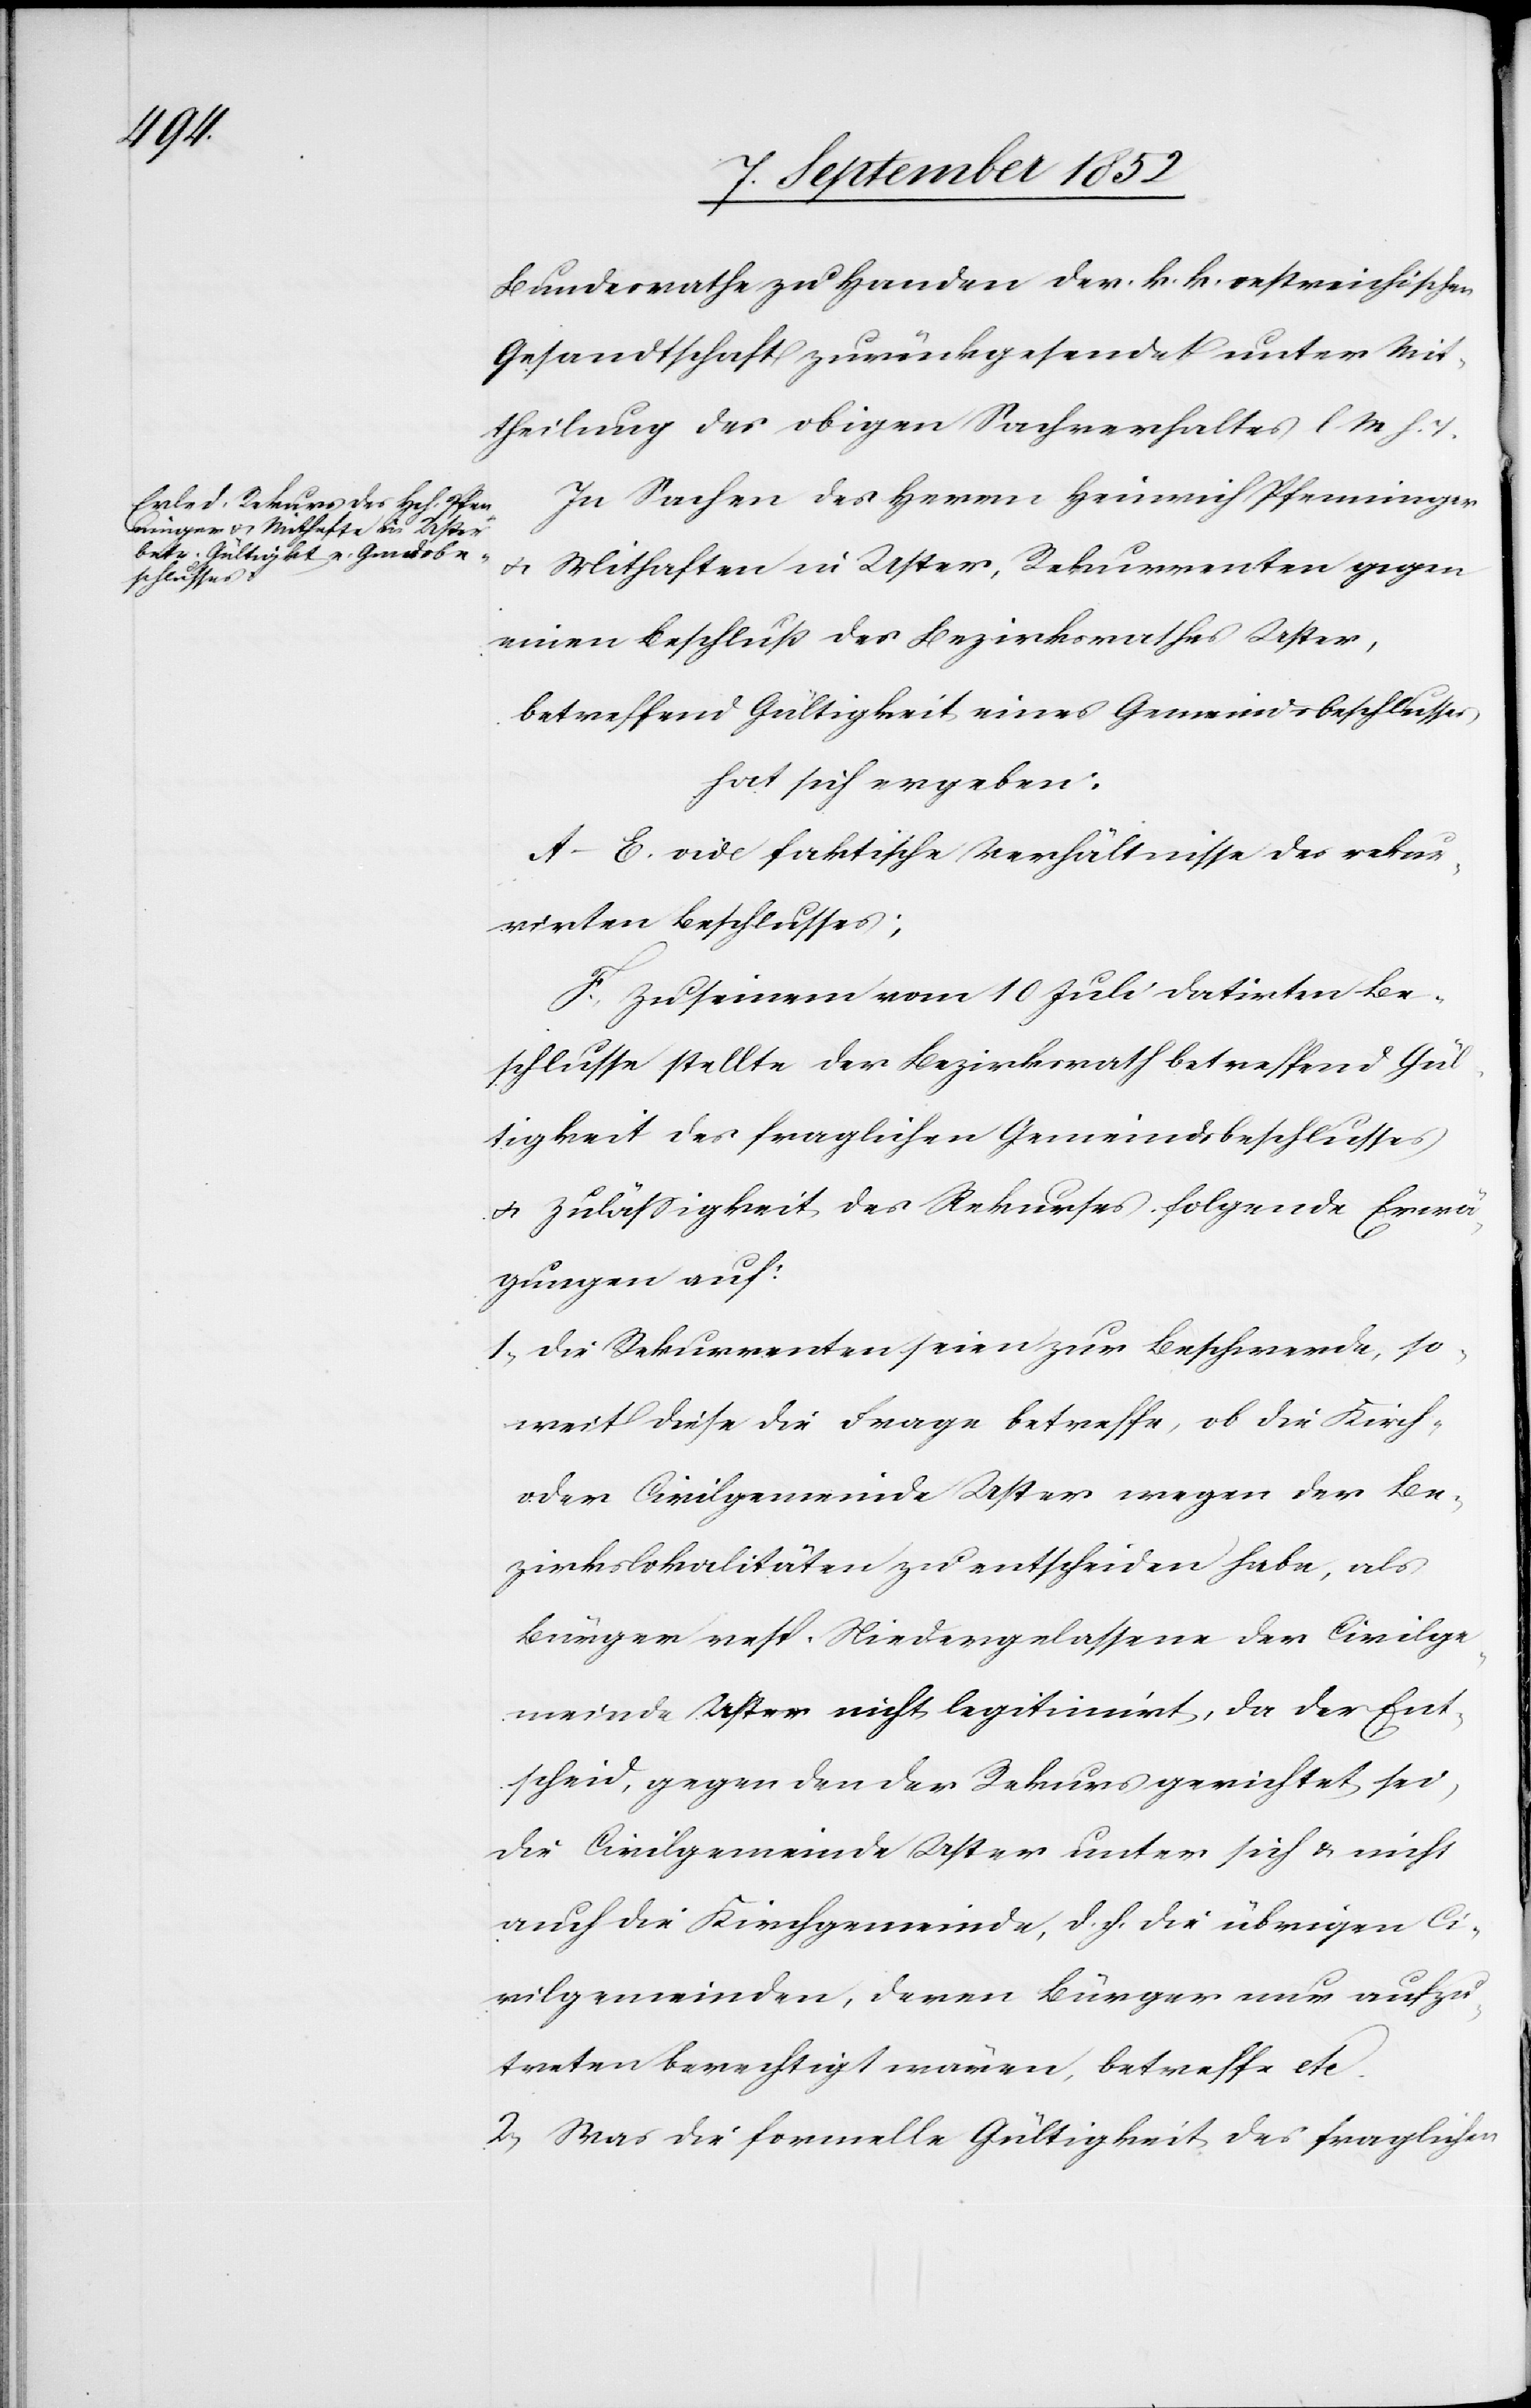
Bundesrathe zu Handen der k. k. oestreichischen
Gesandtschaft zurückgesendet unter Mit¬
theilung des obigen Sachverhaltes l M h. T.
In Sachen des Herrn Heinrich Pfenninger
& Mithaften in Uster, Rekurrenten gegen
einen Beschluß des Bezirksrathes Uster,
betreffend Gültigkeit eines Gemeindsbeschlusses
hat sich ergeben:
A–E. vide faktische Verhältnisse des rekur¬
rirten Beschlusses;
F. Zu seinem vom 10 Juli datirten Be¬
schlusse stellte der Bezirksrath betreffend Gül¬
tigkeit des fraglichen Gemeindsbeschlusses
& Zulässigkeit des Rekurses folgende Erwä¬
gungen auf:
1, Die Rekurrenten seien zur Beschwerde, so¬
weit diese die Frage betreffe, ob die Kirch-
oder Civilgemeinde Uster wegen der Be¬
zirkslokalitäten zu entscheiden habe, als
Bürger resp. Niedergelassene der Civilge¬
meinde Uster nicht legitimirt, da der Ent¬
scheid, gegen den der Rekurs gerichtet sei,
die Civilgemeinde Uster unter sich & nicht
auch die Kirchgemeinde, d. h. die übrigen Ci¬
vilgemeinden, deren Bürger nur aufzu¬
treten berechtigt wären, betreffe etc.
2, Was die formelle Gültigkeit des fraglichen